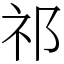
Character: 祁